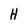
Character: H